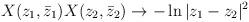
LaTeX: \begin{align*}X(z_1,\bar z_1)X(z_2,\bar z_2)\rightarrow -\ln{|z_1-z_2|^2}\end{align*}